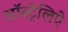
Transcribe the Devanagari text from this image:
ऑस्ट्रेलिऐ